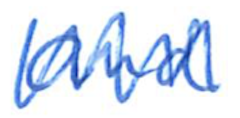
Text: and
Cross-out: zig-zag
Writing tool: ballpoint